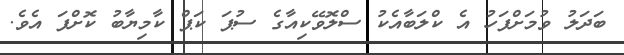
ބަދަލު ވުމަށްފަހު އެ ކްލަބާއެކު ސްލޮވޭކިއާގެ ސުޕަ ކަޕް ކާމިޔާބު ކޮށްފަ އެވެ.